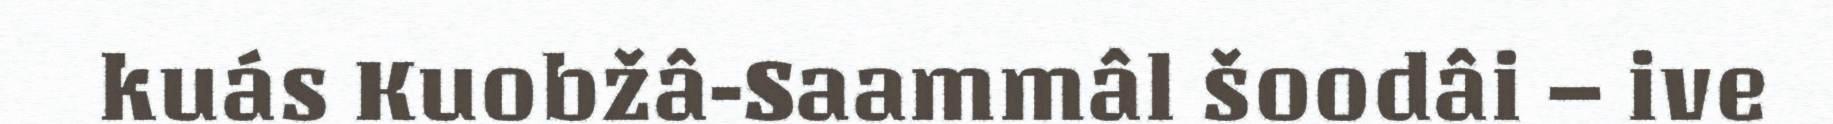
kuás Kuobžâ-Saammâl šoodâi – ive